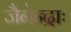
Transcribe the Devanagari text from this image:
जैनेन्द्राः